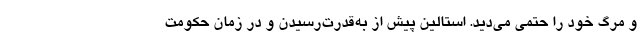
و مرگ خود را حتمی می‌دید. استالین پیش از به‌قدرت‌رسیدن و در زمان حکومت